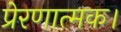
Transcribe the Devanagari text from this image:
प्रेरणात्मक।